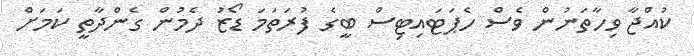
ކުއްޖާ ވިހާތަނުން ވެސް ހެޕަޓައިޓިސް ބީގެ ފުރަތަމަ ޑޯޒު ދެމުން ގެންދާތީ ކަމަށް